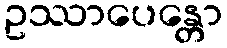
ဥဿာပေန္တော